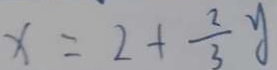
x = 2 + \frac { 2 } { 3 } y